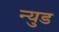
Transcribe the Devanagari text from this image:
न्युड